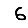
Digit: 6